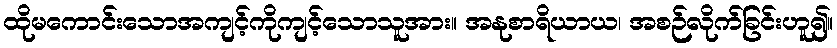
ထိုမကောင်းသောအကျင့်ကိုကျင့်သောသူအား။ အနုစာရိယာယ၊ အစဉ်လိုက်ခြင်းဟူ၍။